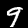
Label: 9